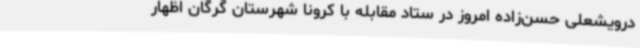
درویشعلی حسن‌زاده امروز در ستاد مقابله با کرونا شهرستان گرگان اظهار